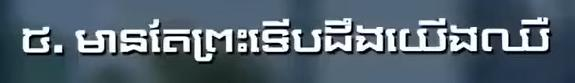
៥. មានតែព្រះទើបដឹងយើងឈឺ